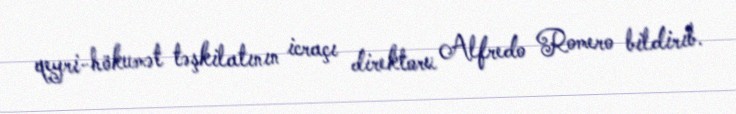
qeyri-hökumət təşkilatının icraçı direktoru Alfredo Romero bildirib.